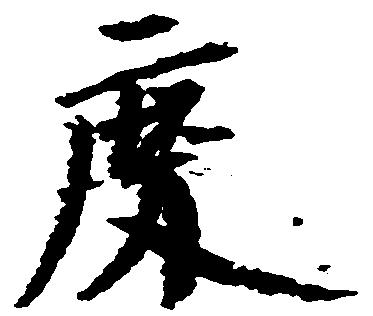
慶